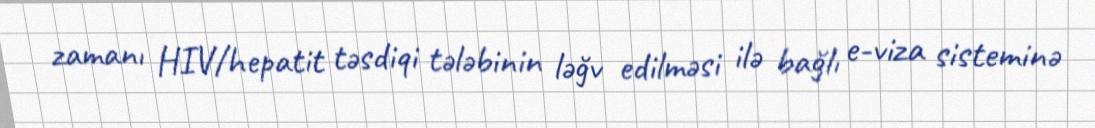
zamanı HIV/hepatit təsdiqi tələbinin ləğv edilməsi ilə bağlı e-viza sisteminə